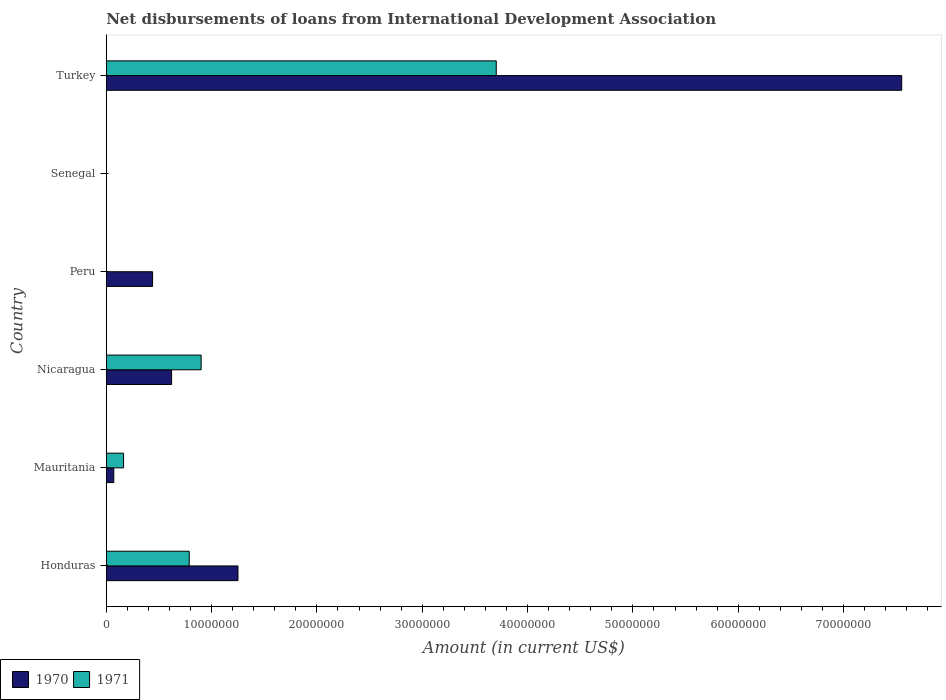
| Country | 1970 | 1971 |
 | --- | --- | --- |
 | Honduras | 1.25e+07 | 7.88e+06 |
 | Mauritania | 7.15e+05 | 1.64e+06 |
 | Nicaragua | 6.21e+06 | 9.01e+06 |
 | Peru | 4.4e+06 | -1.1e+06 |
 | Senegal | -5.1e+04 | -2.36e+05 |
 | Turkey | 7.55e+07 | 3.7e+07 |